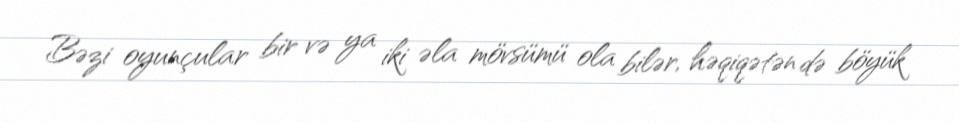
Bəzi oyunçular bir və ya iki əla mövsümü ola bilər, həqiqətən də böyük